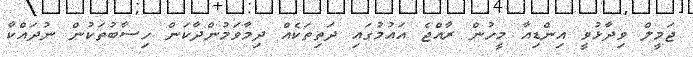
ޖަމީލް ވިދާޅުވީ އިންޑިއާ މީހުން ރާއްޖެ އައުމުގައި ދަތިތަކެއް ދިމާވަމުންދާކަން ހިސާބުތަކުން ނުދައްކާ